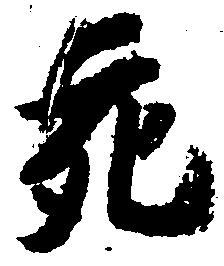
充